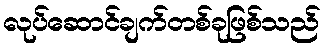
လုပ်ဆောင်ချက်တစ်ခုဖြစ်သည်